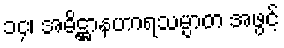
၁၄၊ အဓိဋ္ဌာနဟာရသမ္ပာတ အဖွင့်